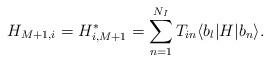
LaTeX: \begin{align*}H_{M+1, i} = H_{i, M+1}^* = \sum_{n=1}^{N_I} T_{in}\langle b_l|H|b_n\rangle.\end{align*}